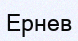
Ернев